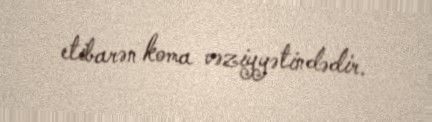
etibarən koma vəziyyətindədir.